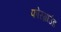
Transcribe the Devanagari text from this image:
फोरग्राउंड